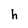
Character: h